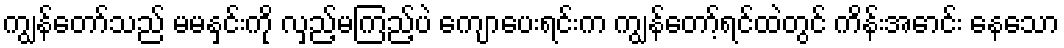
ကျွန်တော်သည် မမနှင်းကို လှည့်မကြည့်ပဲ ကျောပေးရင်းက ကျွန်တော့်ရင်ထဲတွင် ကိန်းအောင်း နေသော